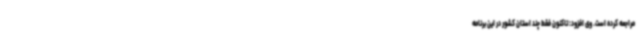
مراجعه کرده است. وی افزود: تاکنون فقط چند استان کشور در این برنامه